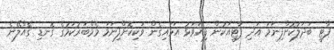
ޕާޓީ ބަދަލުކޮށްފިނަމަ އަދި ޕާޓީއަކުން ފިޔަވަޅު އަޅައިގެން ވަކިކޮށްފިނަމަ މެމްބަރުކަމުގެ ގޮނޑި ގެއްލޭނެ